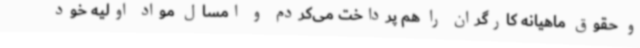
و حقوق ماهیانه کارگران را هم پرداخت می‌کردم و امسال مواد اولیه خود